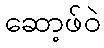
ဆော့ဖ်ဝဲ